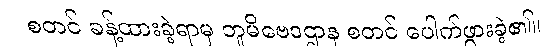
စတင် ခန့်ထားခဲ့ရာမှ ဘူမိဗေဒဌာန စတင် ပေါက်ဖွားခဲ့၏။